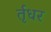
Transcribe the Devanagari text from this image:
र्तृधर